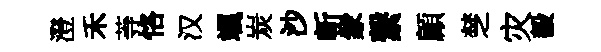
澄禾䓁恪汉颯炭沙斬䝉繋顧椘灾毅